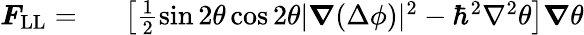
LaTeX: \begin{array}{rl}{\boldsymbol{F}_{\mathrm{LL}}=\ }&{{}\left[\frac{1}{2}\sin 2\theta\cos 2\theta|\boldsymbol{\nabla}(\Delta\phi)|^{2}-{\hbar}^{2}\nabla^{2}\theta\right]\boldsymbol{\nabla}\theta}\end{array}